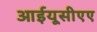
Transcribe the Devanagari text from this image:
आईयूसीएए